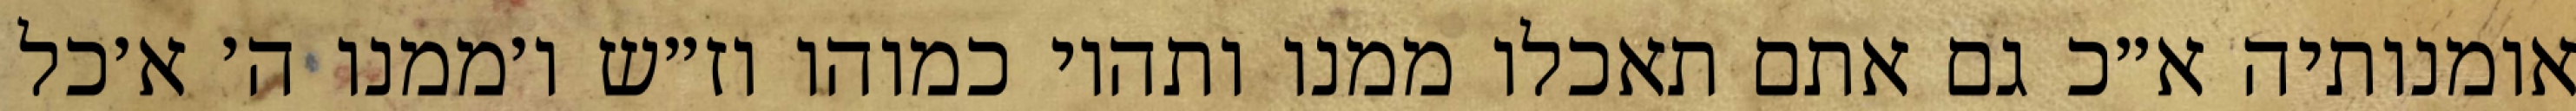
אומנותיה א״כ גם אתם תאכלו ממנו ותהיו כמוהו וז״ש ו׳ממנו ה׳ א׳כל